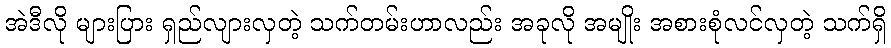
အဲဒီလို များပြား ရှည်လျားလှတဲ့ သက်တမ်းဟာလည်း အခုလို အမျိုး အစားစုံလင်လှတဲ့ သက်ရှိ